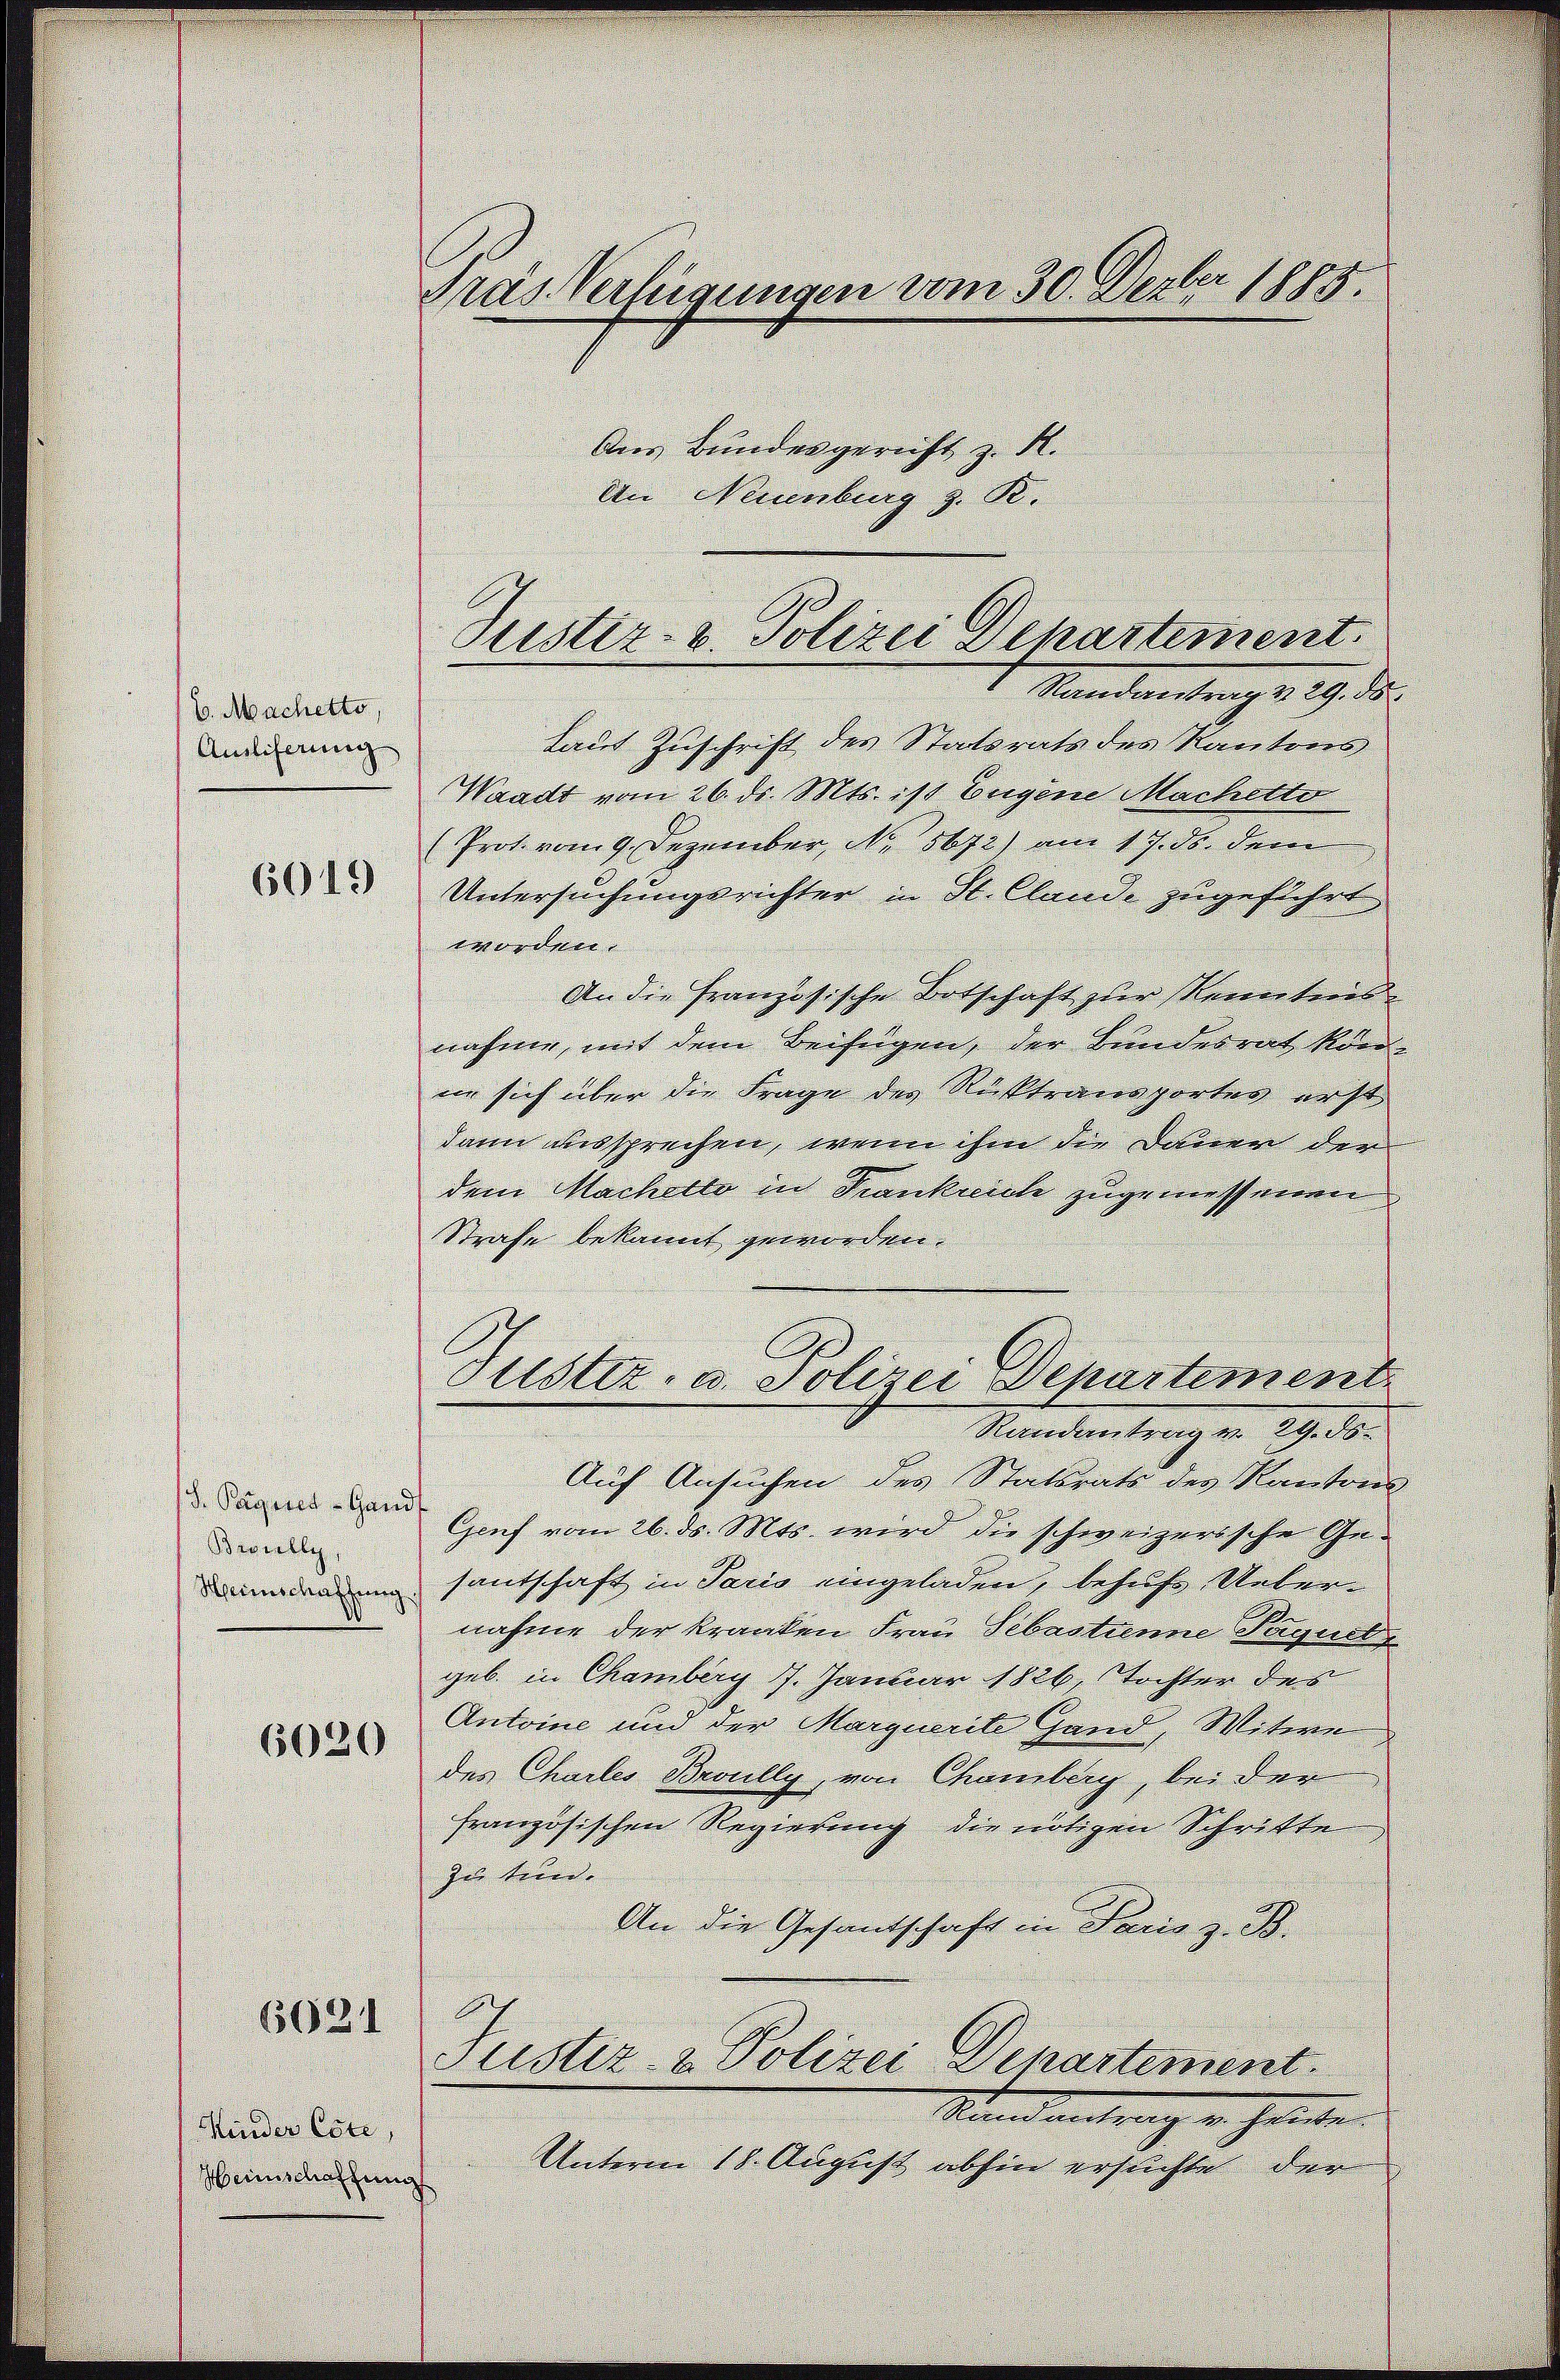
6. Macherto
Amliferung
6049

d. Tagenes Gand
Brilly
6030

Kinder Este
Heinschaffung

6621

Fras Verfügungen vom 30. Dezbr 1889.

Aus Bundesgericht z. R.
An Neuenburg z. R.

Justiz- u. Polizei Departement.

Justiz- u. Polizei Departement

Standentrags 19. d.
Laut Zuschrift des Statsrats des Kantons
Waadt vom 26. ds. Mts. ist Eugene Machetto
(Prot. vom 9. Dezember, No. 5672) am 17. ds. dem
Untersuchungsrichter in St. Clande zugeführt
worden.
An die Französische Botschaft zur Kennteres
nahme, mit dem Beifügen, der Bundesrath kön
nn sich über die Frage des Rücktransportes erst
dann aussprechen, wenn ihm die Dauer der
dem Machello in Frankreiche zugemessenen
Strafe bekannt geworden.
Randantrag v. 29. 58.
Auf Ansuchen des Statsrats des Kantons
Gruf vom 26. ds. Mts. wird die schweizerische Geun santschaft in Paris eingeladen, behufs Uebernahme der Kranken Frau Sebastanne Paquel
geb. in Chamberg 17. Januar 1826, Tochter des
Antoine und der Marquerite Hand, Witwe
des Chailes Broully, von Chamberg, bei der
französischen Regierung die nötigen Schritte
zu Wiede
An die Gesantschaft in Paris z. B.
Justiz- & Polizei Departement.
Standeutung u. heute.
Unterm 18. August abhin ersuchte der